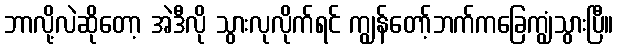
ဘာလို့လဲဆိုတော့ အဲဒီလို သွားလုလိုက်ရင် ကျွန်တော့်ဘက်ကခြေကျွံသွားပြီ။